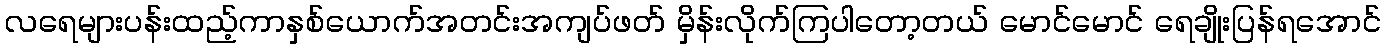
လရေများပန်းထည့်ကာနှစ်ယောက်အတင်းအကျပ်ဖတ် မှိန်းလိုက်ကြပါတော့တယ် မောင်မောင် ရေချိုးပြန်ရအောင်